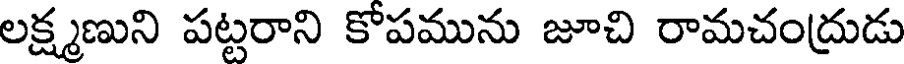
లక్ష్మణుని పట్టరాని కోపమును జూచి రామచంద్రుడు